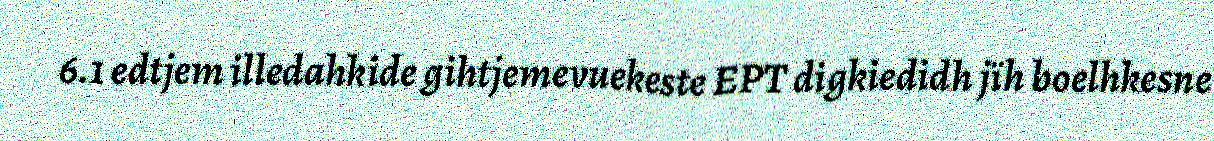
6.1 edtjem illedahkide gihtjemevuekeste EPT digkiedidh jïh boelhkesne